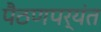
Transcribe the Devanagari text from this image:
पैठणपर्यंत